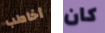
أخاطب كان